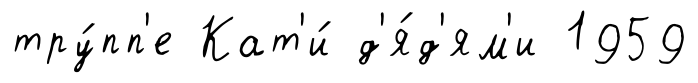
тру́пп'е Кат'и́ д'я́д'ям'и 1959